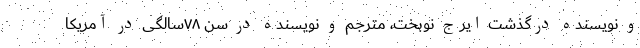
و نویسنده درگذشت ایرج نوبخت، مترجم و نویسنده در سن ۷۸سالگی در آمریکا